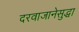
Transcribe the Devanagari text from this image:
दरवाजानेसुद्धा